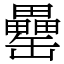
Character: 罍